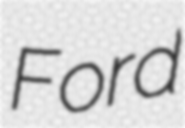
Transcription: Ford